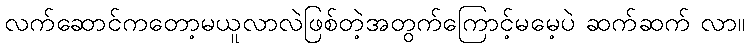
လက်ဆောင်ကတော့မယူလာလဲဖြစ်တဲ့အတွက်ကြောင့်မမေ့ပဲ ဆက်ဆက် လာ။